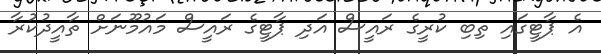
އެ ޕާޓީގައި ތިބި ކުރީގެ ރައީސް އަދި ޕާޓީގެ ރައީސް މައުމޫނަށް ތާއީދުކުރާ